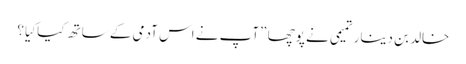
خالد بن دینار تمیمی نے پوچھا ”آپ نے اس آدمی کے ساتھ کیا کِیا؟